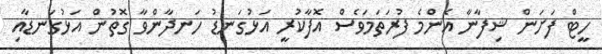
ހީޓް ފަށަން ޝިފާނާ އެންމެ ފުރަތަމަވެސް އޮފާކުރީ އަޅުގަނޑު ހަނދާންވާ ގޮތުން އަޅުގަނޑާއި